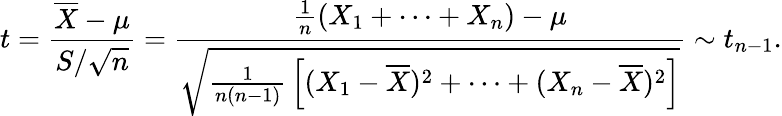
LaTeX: t={\frac{{\overline{{X}}}-\mu}{S/{\sqrt{n}}}}={\frac{{\frac{1}{n}}(X_{1}+\cdots+X_{n})-\mu}{\sqrt{{\frac{1}{n(n-1)}}\left[(X_{1}-{\overline{{X}}})^{2}+\cdots+(X_{n}-{\overline{{X}}})^{2}\right]}}}\sim t_{n-1}.